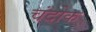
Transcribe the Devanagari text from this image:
चंदोक